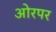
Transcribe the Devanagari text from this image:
ओरपर